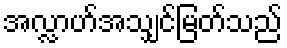
အလ္လာဟ်အသျှင်မြတ်သည်